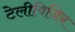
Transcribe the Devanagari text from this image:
टेलीविजिन